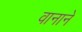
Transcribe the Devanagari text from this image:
वानाने